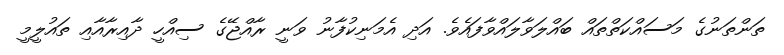
ތަންތަނުގެ މަސައްކަތްތައް ބައްލަވާލައްވާފައެވެ. އަދި އެމަނިކުފާނު ވަނީ ރާއްޖޭގެ ސިއްހީ ދާއިރާއާއި ތައުލީމީ